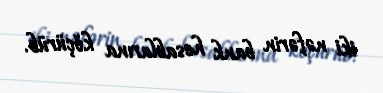
iki nəfərin bank hesablarına köçürüb.